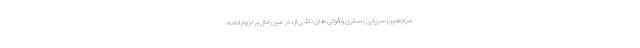
مراجعین سرپایی بستری و فوتی های ناشی از ، در عین حال بر لزوم ادامه